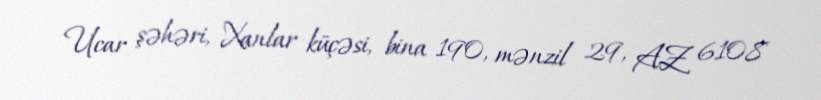
Ucar şəhəri, Xanlar küçəsi, bina 190, mənzil 29, AZ 6108